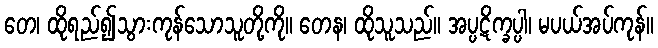
တေ၊ ထိုရည်၍သွားကုန်သောသူတို့ကို။ တေန၊ ထိုသူသည်။ အပ္ပဋိက္ခပ္ပါ၊ မပယ်အပ်ကုန်။